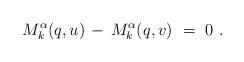
LaTeX: \begin{align*}M_k^\alpha(q,u) \, - \, M_k^\alpha(q,v)~=~0~.\end{align*}